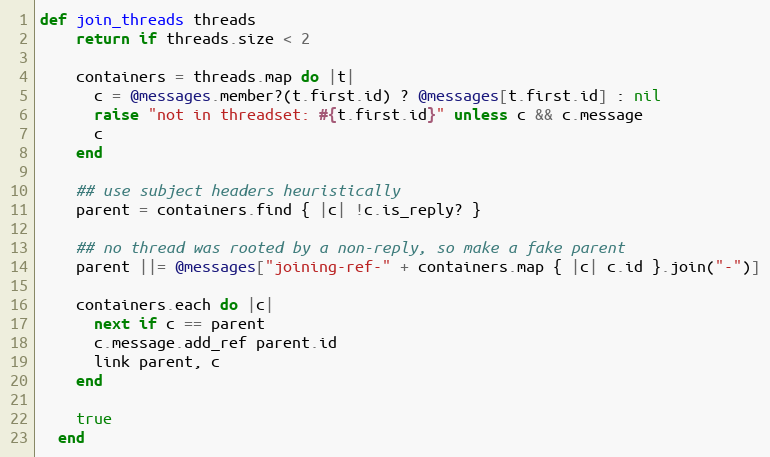
Language: Ruby
def join_threads threads
    return if threads.size < 2

    containers = threads.map do |t|
      c = @messages.member?(t.first.id) ? @messages[t.first.id] : nil
      raise "not in threadset: #{t.first.id}" unless c && c.message
      c
    end

    ## use subject headers heuristically
    parent = containers.find { |c| !c.is_reply? }

    ## no thread was rooted by a non-reply, so make a fake parent
    parent ||= @messages["joining-ref-" + containers.map { |c| c.id }.join("-")]

    containers.each do |c|
      next if c == parent
      c.message.add_ref parent.id
      link parent, c
    end

    true
  end